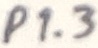
Text: P1.3